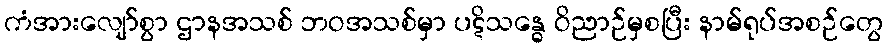
ကံအားလျော်စွာ ဌာနအသစ် ဘဝအသစ်မှာ ပဋိသန္ဓေ ဝိညာဉ်မှစပြီး နာမ်ရုပ်အစဉ်တွေ